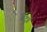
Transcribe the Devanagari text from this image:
वेद॥